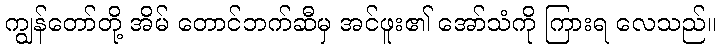
ကျွန်တော်တို့ အိမ် တောင်ဘက်ဆီမှ အင်ဖူး၏ အော်သံကို ကြားရ လေသည်။